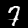
Label: 7